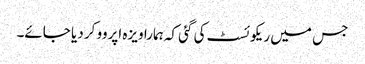
جس میں ریکوئسٹ کی گئی کہ ہمارا ویزہ اپروو کر دیا جائے۔